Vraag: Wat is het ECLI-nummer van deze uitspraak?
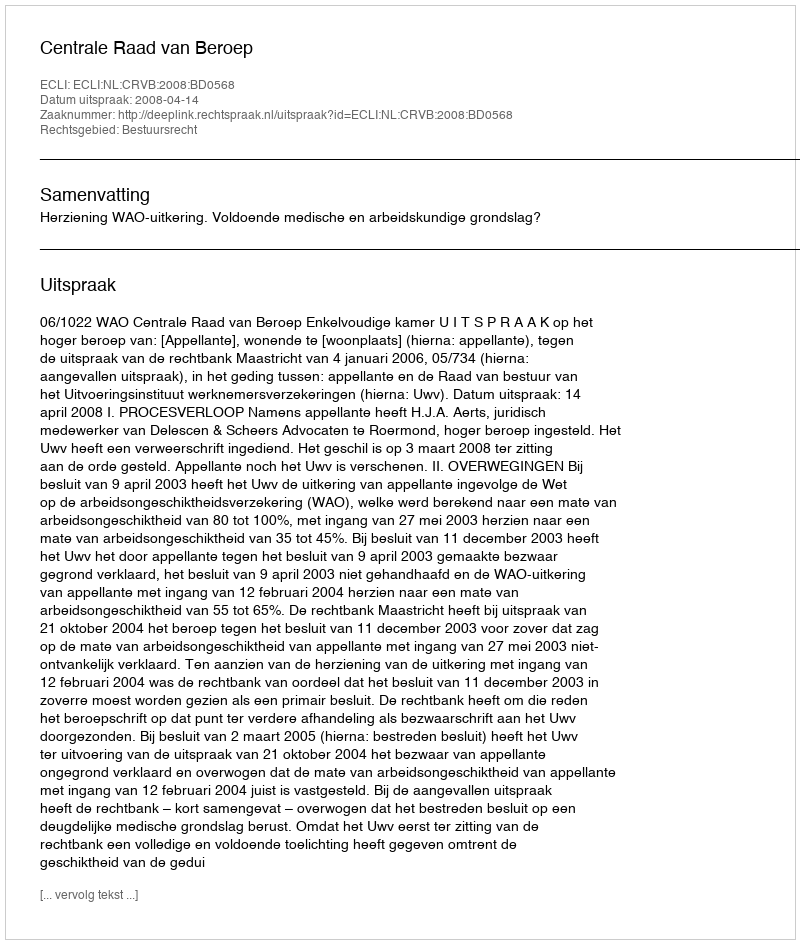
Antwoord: ECLI:NL:CRVB:2008:BD0568